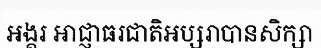
អង្គរ អាជ្ញាធរជាតិអប្សរាបានសិក្សា